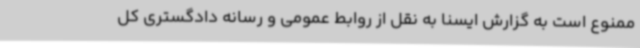
ممنوع است به گزارش ایسنا به نقل از روابط عمومی و رسانه دادگستری کل